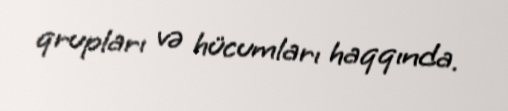
qrupları və hücumları haqqında.